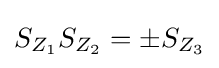
S_{Z_{1}}S_{Z_{2}}=\pm S_{Z_{3}}